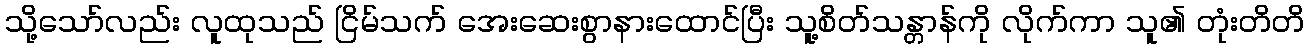
သို့သော်လည်း လူထုသည် ငြိမ်သက် အေးဆေးစွာနားထောင်ပြီး သူ့စိတ်သန္တာန်ကို လိုက်ကာ သူ၏ တုံးတိတိ